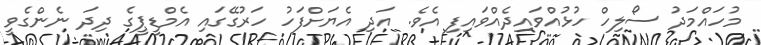
މުހައްމަދު ސޯލިހް ހުޅުއްވައިދެއްވައިފި އެވެ. އަދި އެޔަށްފަހު ހަރުގޭގައި އެމްޑީޕީގެ ދިދަ ނެންގެވީ